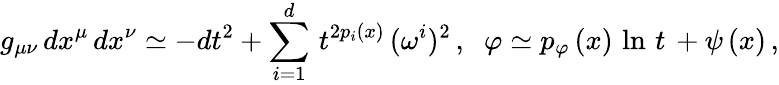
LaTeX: g_{\mu\nu}\, dx^{\mu}\, dx^{\nu}\simeq-dt^{2}+\sum_{i=1}^{d}\, t^{2p_{i}(x)}\, (\omega^{i})^{2}\, ,\; \; \varphi\simeq p_{\varphi}\, (x)\, \ln\, t\, +\psi\, (x)\, ,